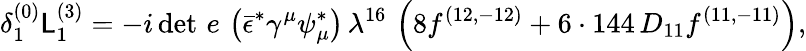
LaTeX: {\delta_{1}^{(0)}\mathsf{L}_{1}^{(3)}=-i\, {\operatorname*{det}\, e}\, \left(\bar{{\epsilon}}^{*}\gamma^{\mu}\psi_{\mu}^{*}\right)\, \lambda^{16}\, \left(8f^{(12,-12)}+6\cdot144\, D_{11}f^{(11,-11)}\right),}